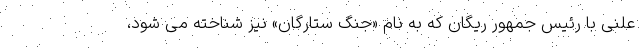
علنی با رئیس جمهور ریگان که به نام «جنگ ستارگان» نیز شناخته می شود،